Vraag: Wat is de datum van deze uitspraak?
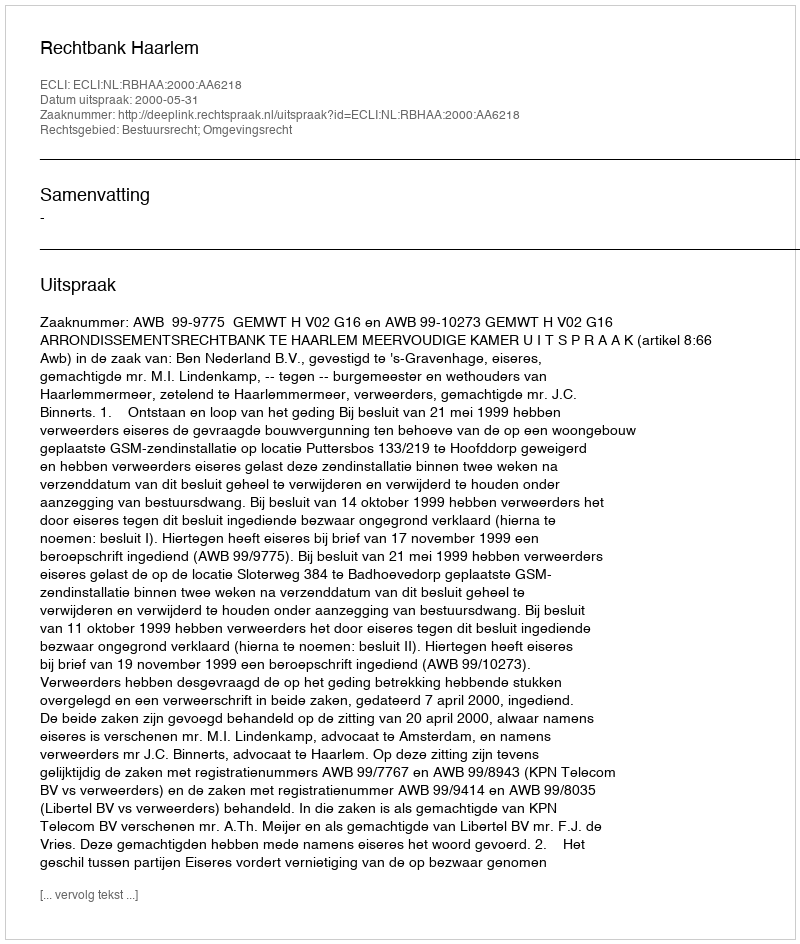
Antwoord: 2000-05-31